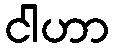
ငါဟာ